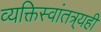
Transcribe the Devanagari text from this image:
व्यक्तिस्वांतत्र्यही